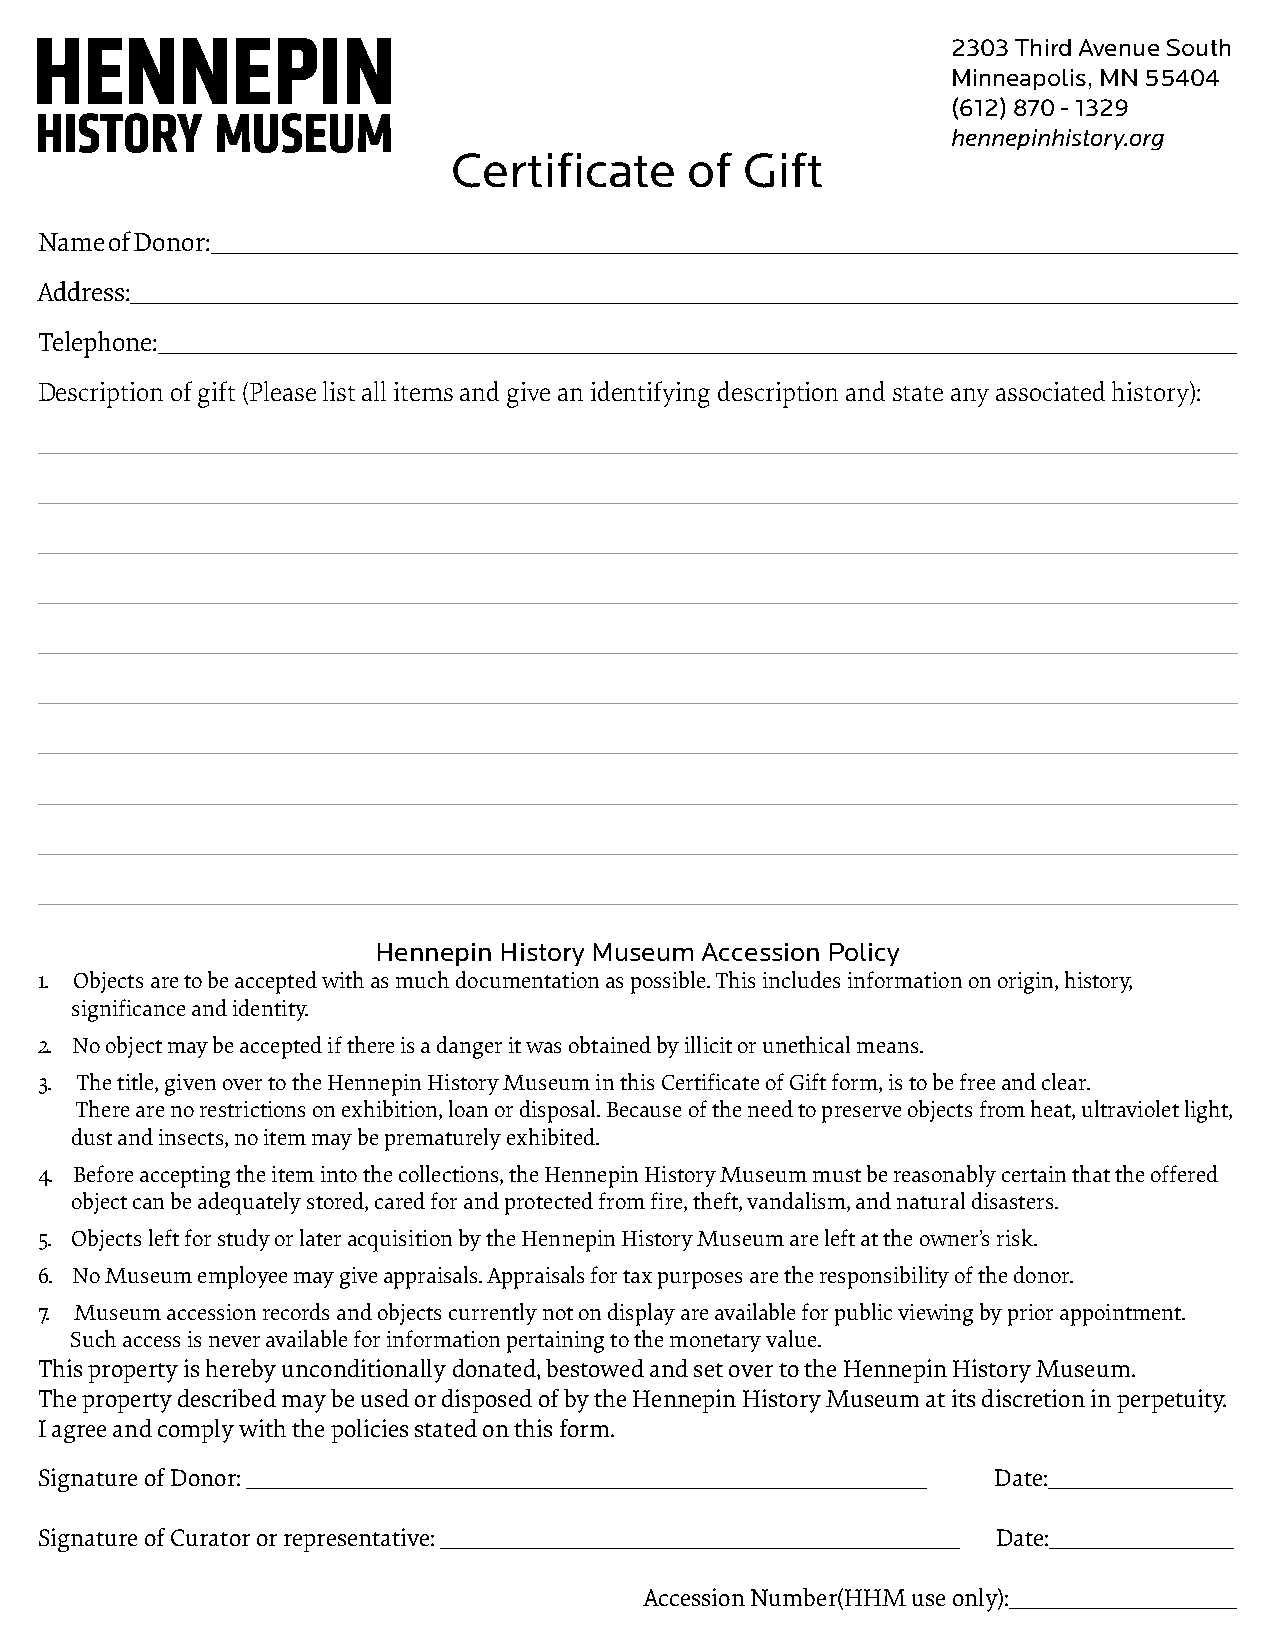
2303 Third Avenue South
 Minneapolis, MN 55404
 (612) 870 - 1329
 hennepinhistory.org
 Certificate     of Gift
 Name of Donor:______________________________________________________________________________________________
 Address:______________________________________________________________________________________________________
 Telephone:___________________________________________________________________________________________________
 Description of gift (Please list all items and give an identifying description and state any associated history):
 ________________________________________________________________________________________________
 ________________________________________________________________________________________________
 ________________________________________________________________________________________________
 ________________________________________________________________________________________________
 ________________________________________________________________________________________________
 ________________________________________________________________________________________________
 ________________________________________________________________________________________________
 ________________________________________________________________________________________________
 ________________________________________________________________________________________________
 ________________________________________________________________________________________________
 Hennepin History Museum Accession Policy
 1. Objects are to be accepted with as much documentation as possible. This includes information on origin, history,
 significance and identity.
 2. No object may be accepted if there is a danger it was obtained by illicit or unethical means.
 3. The title, given over to the Hennepin History Museum in this Certificate of Gift form, is to be free and clear.
 There are no restrictions on exhibition, loan or disposal. Because of the need to preserve objects from heat, ultraviolet light,
 dust and insects, no item may be prematurely exhibited.
 4. Before accepting the item into the collections, the Hennepin History Museum must be reasonably certain that the offered
 object can be adequately stored, cared for and protected from fire, theft, vandalism, and natural disasters.
 5. Objects left for study or later acquisition by the Hennepin History Museum are left at the owner’s risk.
 6. No Museum employee may give appraisals. Appraisals for tax purposes are the responsibility of the donor.
 7. Museum accession records and objects currently not on display are available for public viewing by prior appointment.
 Such access is never available for information pertaining to the monetary value.
 This property is hereby unconditionally donated, bestowed and set over to the Hennepin History Museum.
 The property described may be used or disposed of by the Hennepin History Museum at its discretion in perpetuity.
 I agree and comply with the policies stated on this form.
 Signature of Donor: _______________________________________________________________ Date:_________________
 Signature of Curator or representative: ________________________________________________ Date:_________________
 Accession Number(HHM use only):_____________________